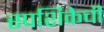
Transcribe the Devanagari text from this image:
स्पर्शिकेची